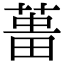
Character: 𦵰